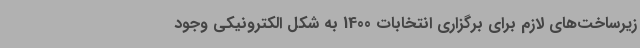
زیرساخت‌های لازم برای برگزاری انتخابات 1400 به شکل الکترونیکی وجود